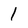
Character: 1